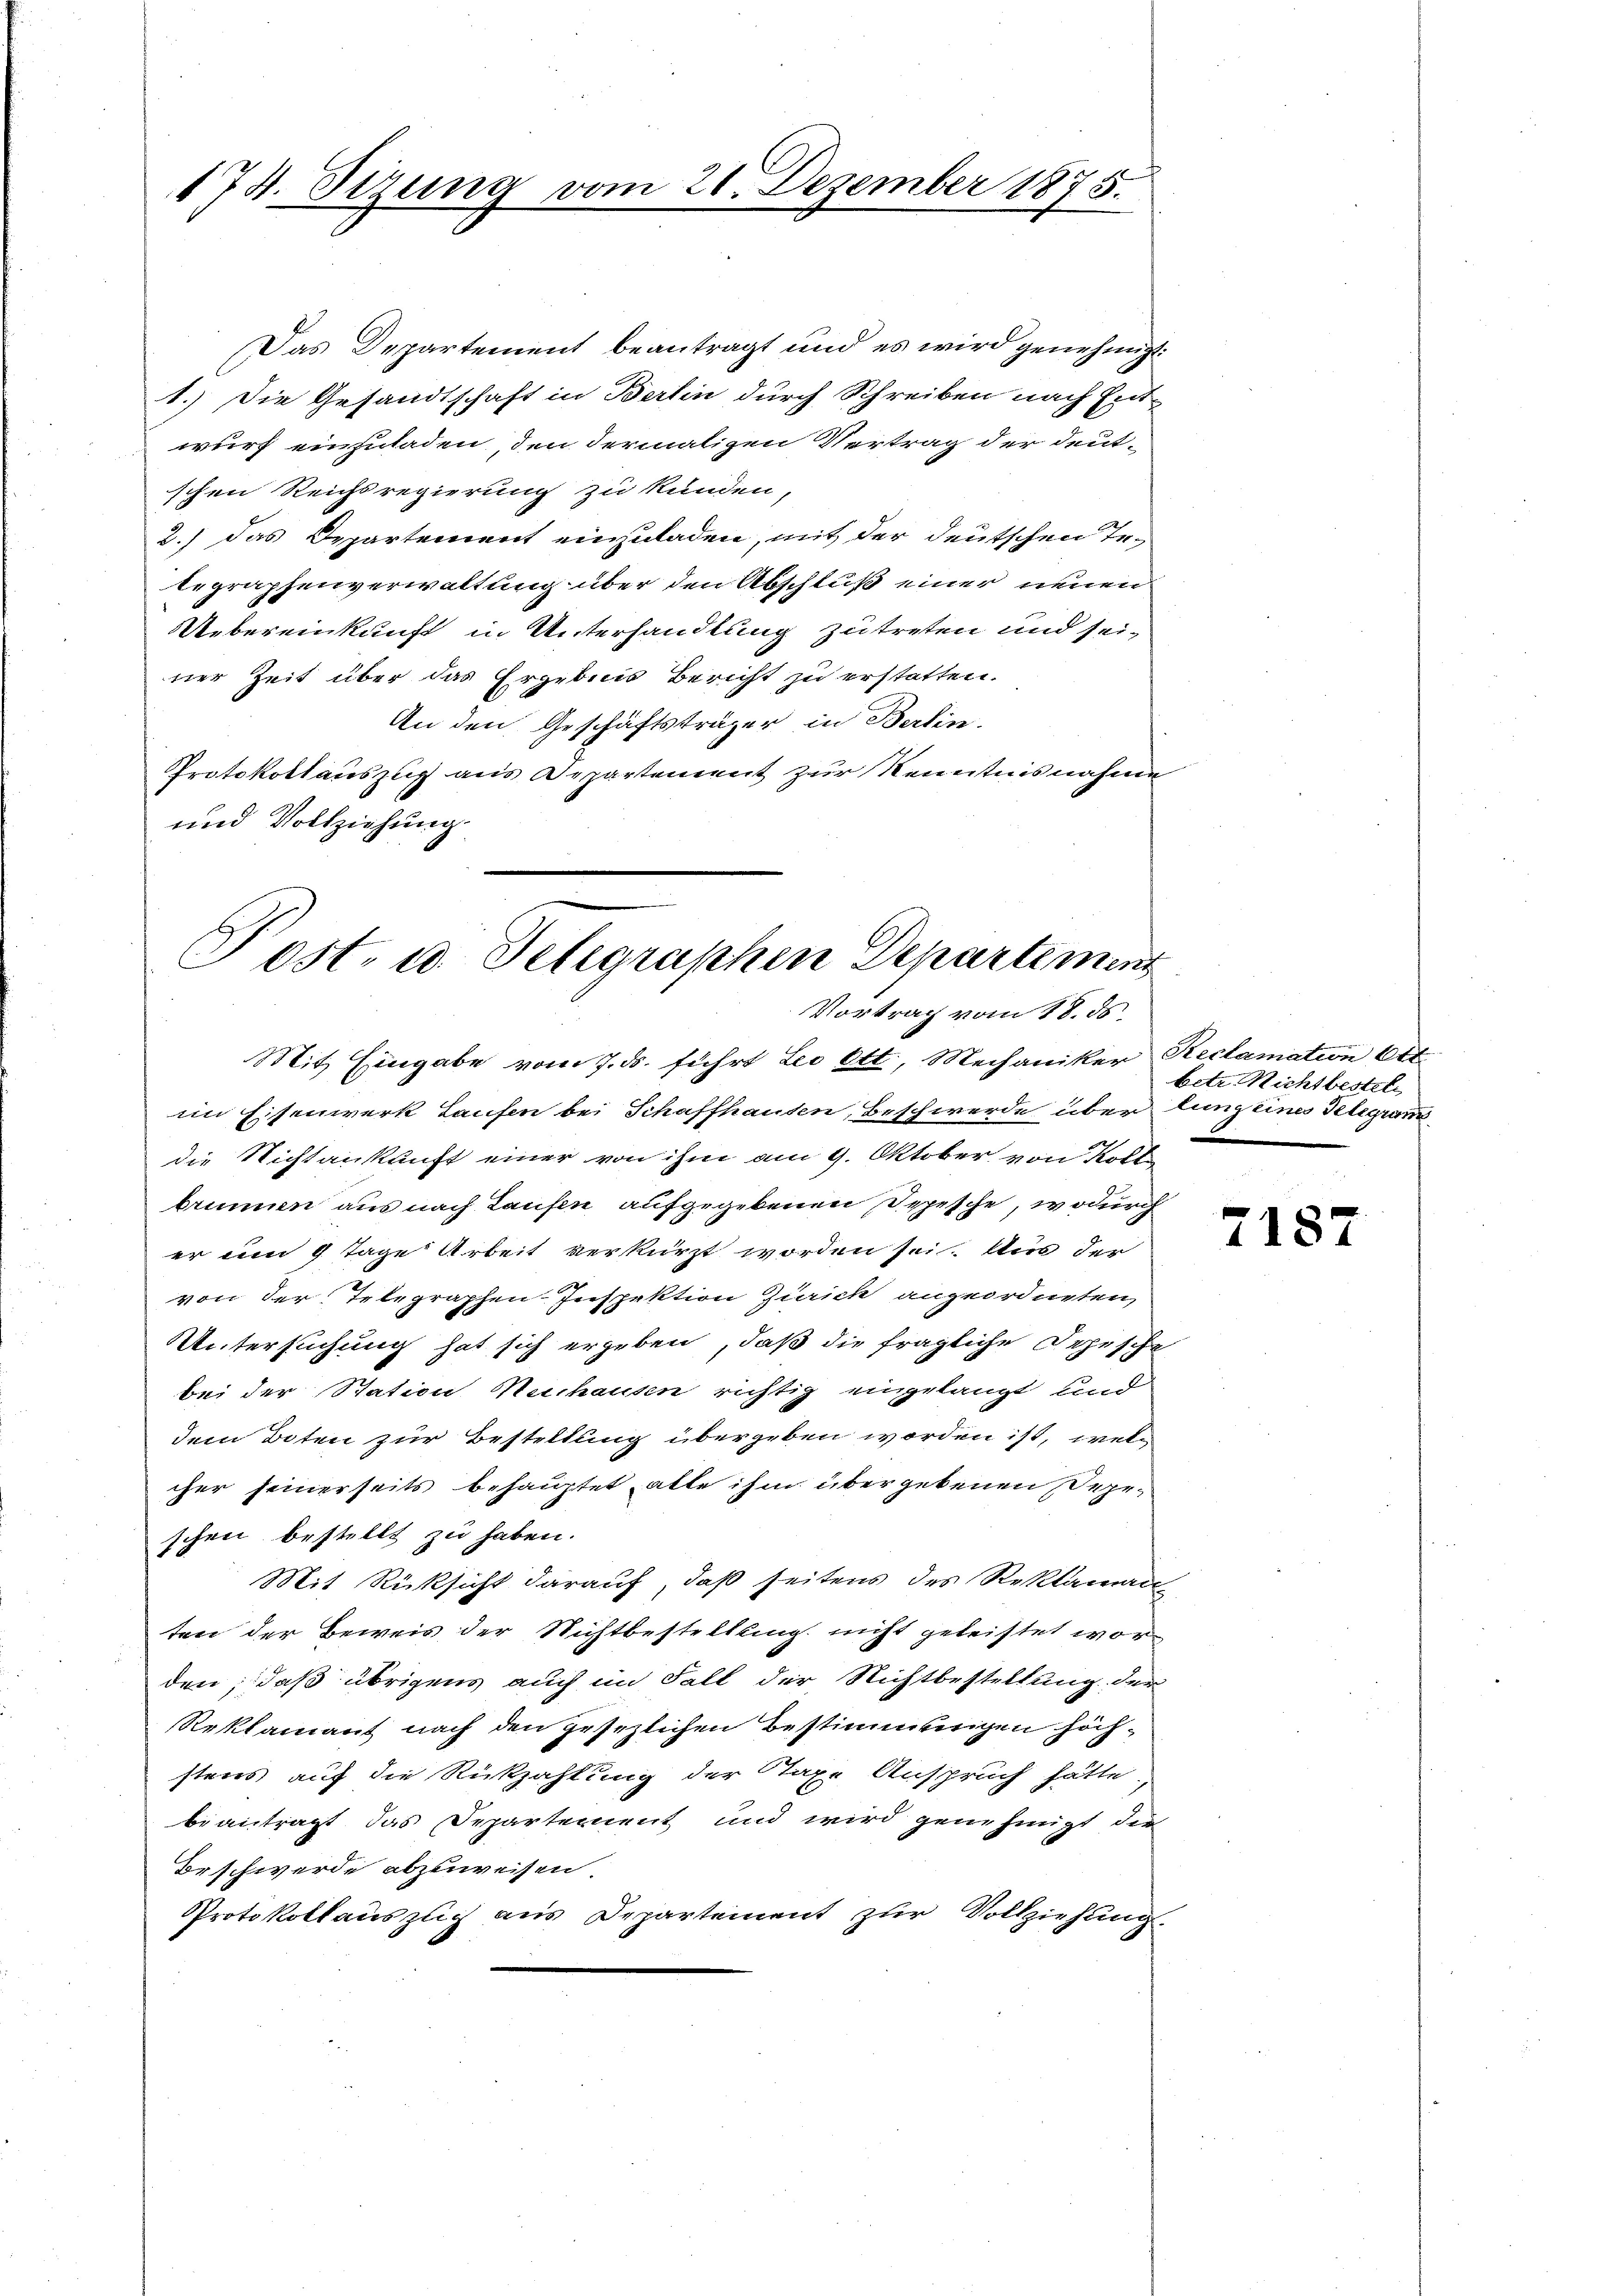
174. Sizung vom 21. Dezember 1875.

Das Departement beantragt und es wird genehmigt.
1.) Die Gesandtschaft in Berlin durch Schreiben nach Ent-
wurf einzuladen, den dermaligen Vertrag der deut-
schen Reichsregierung zu kunden,
2.) das Departement einzuladen, mit der deutschen Tetegraphenverwaltung über den Abschluß einer neuen
Uebereinkunft in Unterhandlung zutreten und seiner Zeit über das Ergebnis Bericht zu erstatten.
An den Geschäftsträger in Berlin,
Protokollauszug aus Departement zur Kenntnisnahme
und Vollziehung.
Mit Eingabe vom 7. ds. führt Leo Ott, Mechaniker Reclamation Ott
im Eisenwerk Laufen bei Schaffhausen, Beschwerde über lung eines Telegium
die Richtankunft einer von ihm am 9. Oktober von Koll
brunnen aus nach Taufen aufgegebenen Seesche, wodurch
er um 9 Tage Arbeit verkürzt worden sei. Aus der
von der Telegraphen-Inspektion Zürich angeordneten,
Untersuchung hat sich ergeben, daß die fragliche Depesche
bei der Station Mechausen richtig eingelangt und
dem Boten zur Bestellung übergeben worden ist, welcher seinerseits behauptet, alle ihm übergebenen Depeschen bestellt zu haben.
Mit Rücksicht darauf, daß seitens des Reklaman
ten der Beweis der Nichtbestellung nicht geleistet worden; daß übrigens auch im Fall der Nichtbestellung der
Reklamant nach den gesezlichen Bestimmungen höchstens auf die Rückzahlung der Staxe Anspruch hätte.
beantragt das Departement und wird genehmigt die
Beschwerde abzuweisen.
Protokollauszlich aus Departement zur Vollziehung.

Post. u. Telegraphen Departement
Vortrag vom 18. ds.

betr. Richtbestel

7187